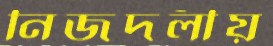
নিজদলীয়